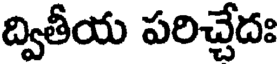
ద్వితీయ పరిచ్చేదః